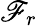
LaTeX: \mathscr{F}_{r}